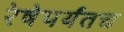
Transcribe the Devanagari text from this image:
रेषेपर्यंतच